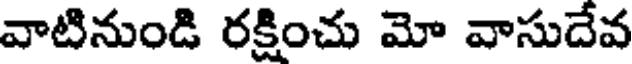
వాటినుండి రక్షించు మో వాసుదేవ